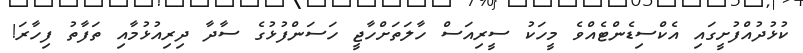
ކުޅުދުއްފުށީގައި އެކްސިޑެންޓެއްވެ މީހަކު ސީރިއަސް ހާލަތަށްހާޖީ ހަސަންފުޅުގެ ސާދާ ދިރިއުޅުމާއި ތަފާތު ފިހާރަ!